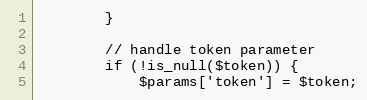
Language: PHP
        }

        // handle token parameter
        if (!is_null($token)) {
            $params['token'] = $token;